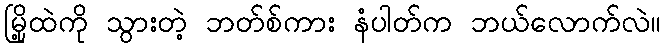
မြို့ထဲကို သွားတဲ့ ဘတ်စ်ကား နံပါတ်က ဘယ်လောက်လဲ။